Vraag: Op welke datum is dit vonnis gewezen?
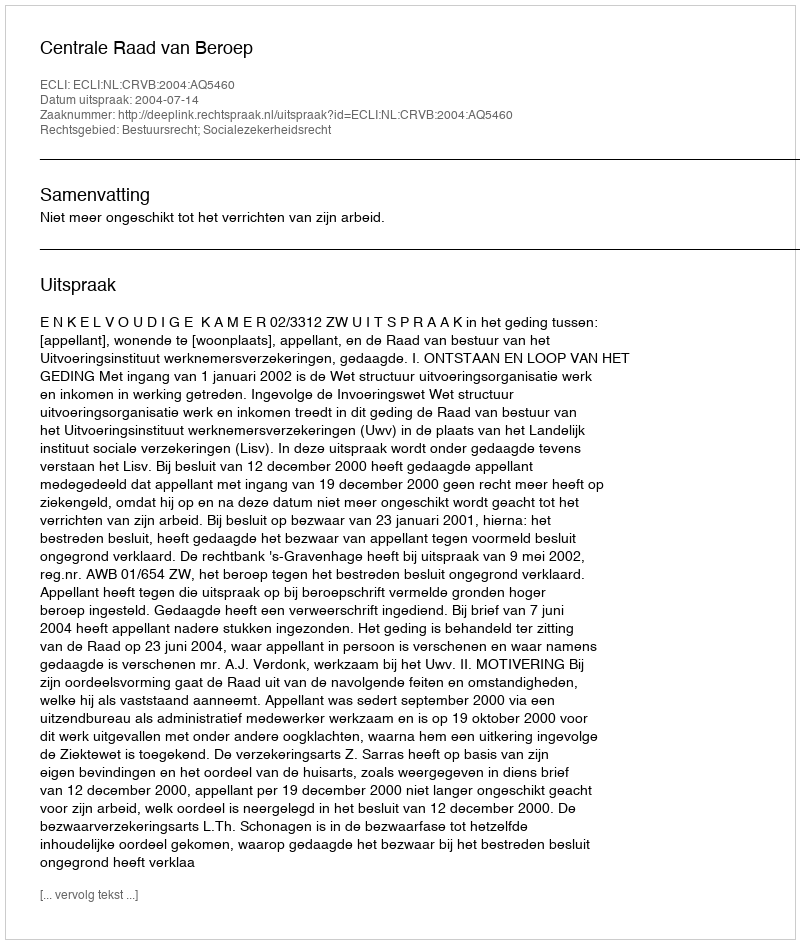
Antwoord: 2004-07-14